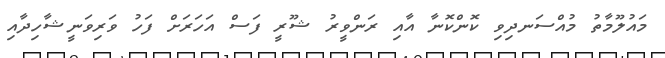
މައުލޫމާތު މުއްސަނދިވި ކޮންކޮނާ އާއި ރަންވީރު ޝޫރީ ފަސް އަހަރަށް ފަހު ވަރިވަނީޝާހިދާއި